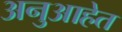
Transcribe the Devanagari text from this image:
अनुआहेत